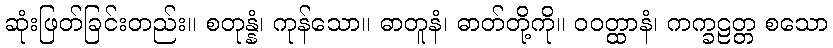
ဆုံးဖြတ်ခြင်းတည်း။ စတုန္နံ၊ ကုန်သော။ ဓာတူနံ၊ ဓာတ်တို့ကို။ ဝဝတ္ထာနံ၊ ကက္ခဠတ္တ စသော